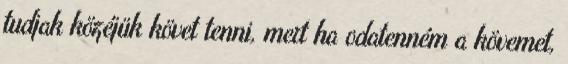
tudjak közéjük követ tenni, mert ha odatenném a kövemet,